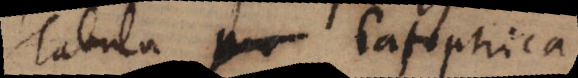
Tabula Catoptrica.